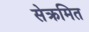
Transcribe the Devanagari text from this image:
सेक्रमित